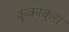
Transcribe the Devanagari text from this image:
कूकाकुरा